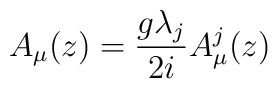
A_{\mu}(z) = \frac{g\lambda_j}{2i}A_{\mu}^j(z)